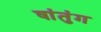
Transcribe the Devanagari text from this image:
षांतुंग